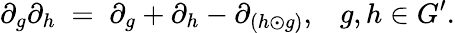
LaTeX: \partial_{g}\partial_{h}\; =\; \partial_{g}+\partial_{h}-\partial_{(h\odot g)},\; \; \; g,h\in G^{\prime}.